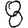
Digit: 8